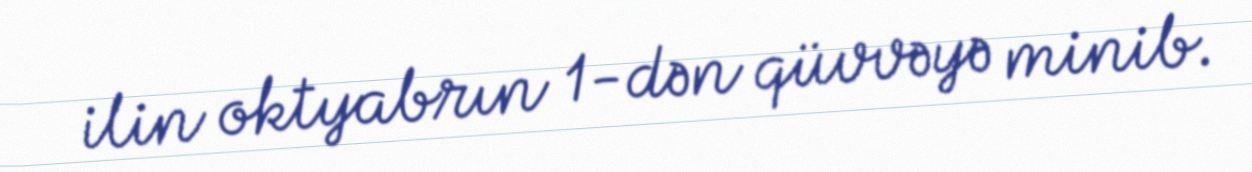
ilin oktyabrın 1-dən qüvvəyə minib.